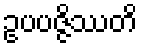
ဥပပဇ္ဇိဿတိ